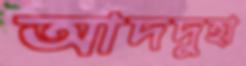
আদদুহা